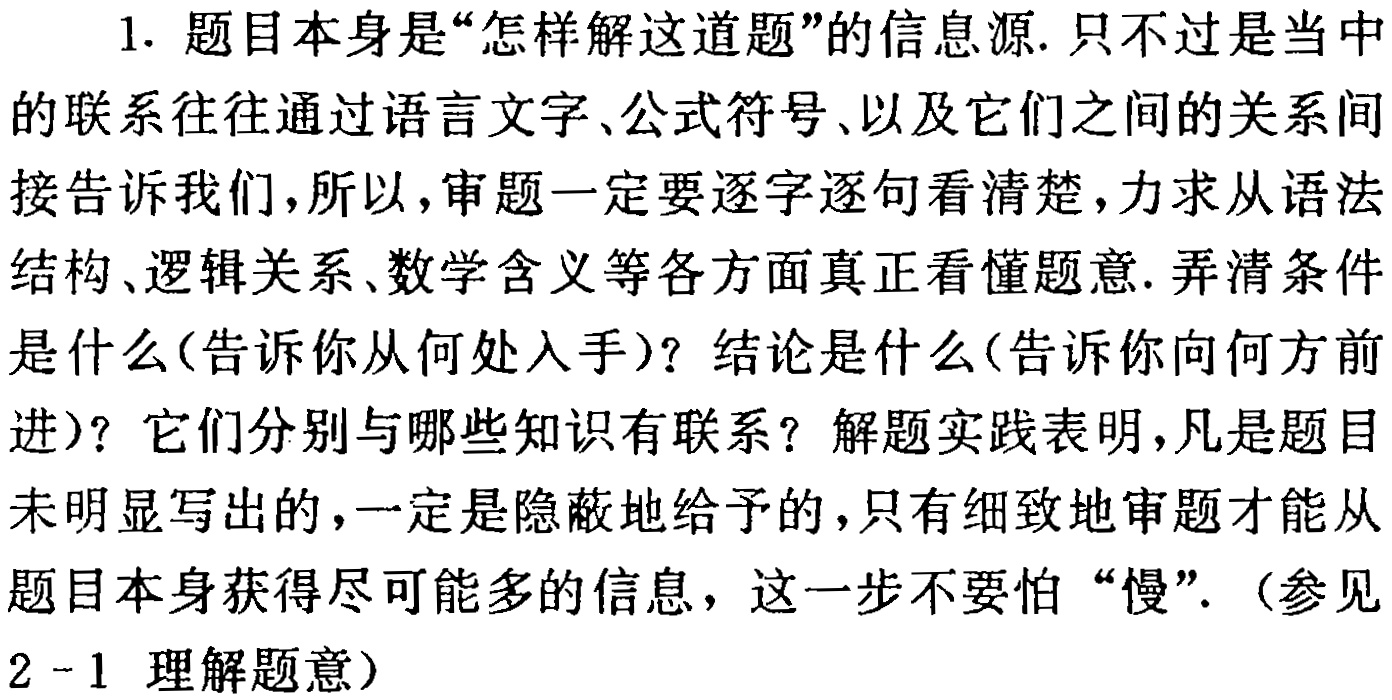
1. 题目本身是“怎样解这道题”的信息源. 只不过是当中的联系往往通过语言文字、公式符号、以及它们之间的关系间接告诉我们，所以，审题一定要逐字逐句看清楚，力求从语法结构、逻辑关系、数学含义等各方面真正看懂题意. 弄清条件是什么(告诉你从何处入手)？结论是什么(告诉你向何方前进)？它们分别与哪些知识有联系？解题实践表明，凡是题目未明显写出的，一定是隐蔽地给予的，只有细致地审题才能从题目本身获得尽可能多的信息，这一步不要怕“慢”. （参见2 - 1 理解题意）